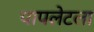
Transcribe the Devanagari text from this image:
पापलेटला